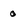
Character: 0